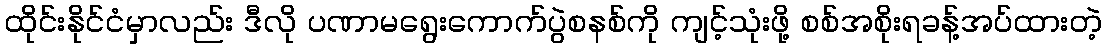
ထိုင်းနိုင်ငံမှာလည်း ဒီလို ပဏာမရွေးကောက်ပွဲစနစ်ကို ကျင့်သုံးဖို့ စစ်အစိုးရခန့်အပ်ထားတဲ့